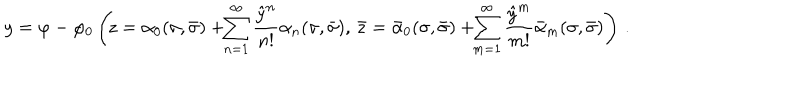
y = \varphi - \varphi _ { 0 } \left( \! z = \alpha _ { 0 } ( \sigma , \bar { \sigma } ) + \! \! \sum _ { n = 1 } ^ { \infty } \frac { { \hat { y } } ^ { n } } { n ! } \alpha _ { n } ( \sigma , \bar { \sigma } ) , \, \bar { z } = \bar { \alpha } _ { 0 } ( \sigma , \bar { \sigma } ) + \! \! \sum _ { m = 1 } ^ { \infty } \frac { { \hat { y } } ^ { m } } { m ! } \bar { \alpha } _ { m } ( \sigma , \bar { \sigma } ) \right) \, .